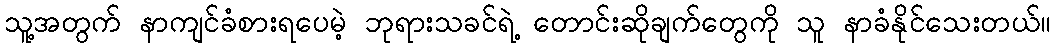
သူ့အတွက် နာကျင်ခံစားရပေမဲ့ ဘုရားသခင်ရဲ့ တောင်းဆိုချက်တွေကို သူ နာခံနိုင်သေးတယ်။